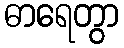
ဓာရေတွာ